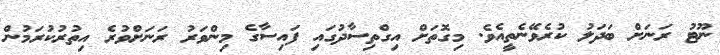
ނޫޓު ރަނަށް ބަދަލު ކުރެވޭނެތީއެވެ. މިގޮތަށް އިގްތިސާދުގައި ފައިސާގެ މިންވަރު ރަނަށްވުރެ އިތުރުކުރަމުން